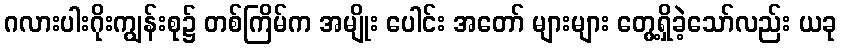
ဂလားပါးဂိုးကျွန်းစု၌ တစ်ကြိမ်က အမျိုး ပေါင်း အတော် များများ တွေ့ရှိခဲ့သော်လည်း ယခု